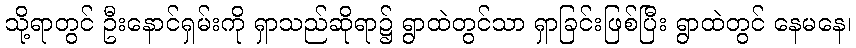
သို့ရာတွင် ဦးနောင်ရှမ်းကို ရှာသည်ဆိုရာ၌ ရွာထဲတွင်သာ ရှာခြင်းဖြစ်ပြီး ရွာထဲတွင် နေမနေ၊